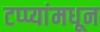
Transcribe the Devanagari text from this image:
टप्प्यांमधून